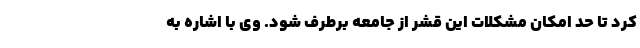
کرد تا حد امکان مشکلات این قشر از جامعه برطرف شود. وی با اشاره به